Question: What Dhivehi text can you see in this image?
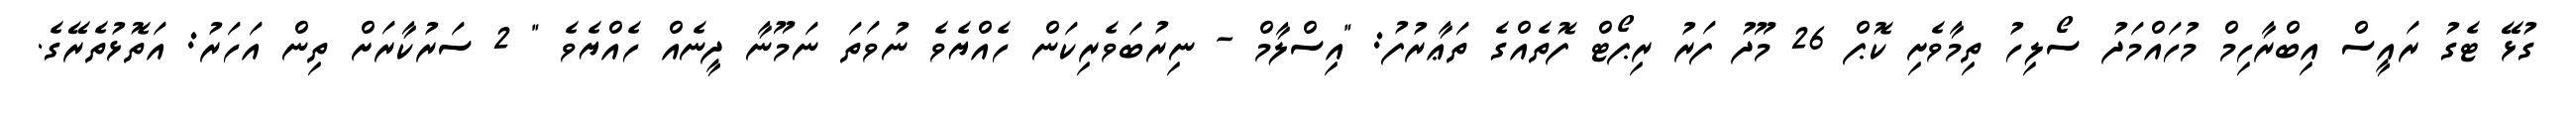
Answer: ގުޅޭ ޓެގު ރައީސް އިބްރާހިމް މުހައްމަދު ސޯލިހު ތިމާވެށި ކޮޕް 26 މޫދު ފަރު ރިޕޯޓް ފޮތެއްގެ ތަޢާރުފު: "އިސްލާމް - ނިރުބަވެރިކަން ހެއްޔެވެ ނުވަތަ ނަމޫނާ ދީނެއް ހެއްޔެވެ " 2 ސަރުކާރަށް ތިން އަހަރު: އަތޮޅުތެރޭގެ.